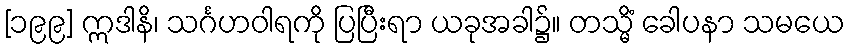
[၁၉၉] ဣဒါနိ၊ သင်္ဂဟဝါရကို ပြပြီးရာ ယခုအခါ၌။ တသ္မိံ ခေါပနာ သမယေ